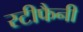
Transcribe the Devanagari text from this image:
स्टीफैनी